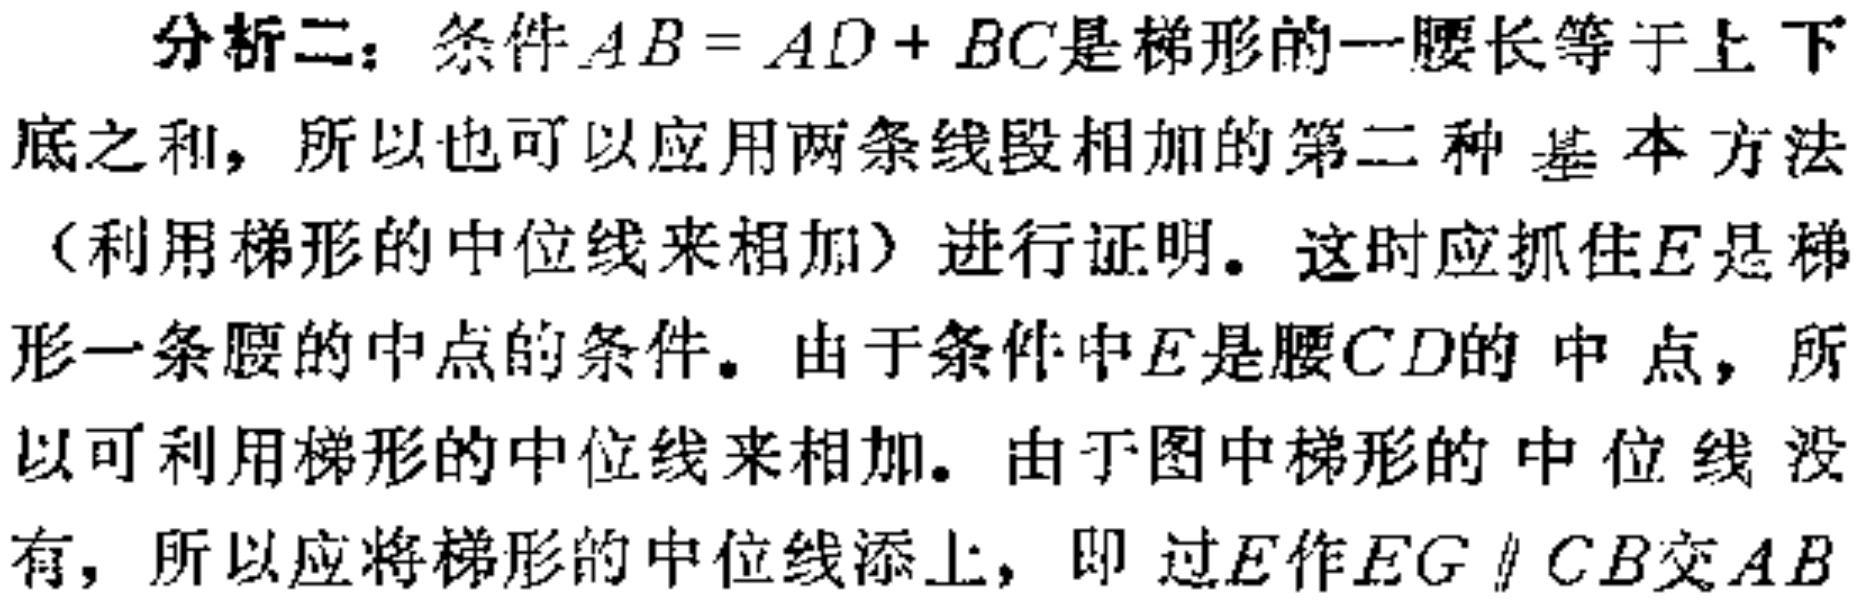
分析二：条件\(AB = AD + BC\)是梯形的一腰长等于上下
底之和，所以也可以应用两条线段相加的第二种 基本方法
（利用梯形的中位线来相加）进行证明。这时应抓住\(E\)是梯
形一条腰的中点的条件。由于条件中\(E\)是腰\(CD\)的 中 点，所
以可利用梯形的中位线来相加。由于图中梯形的 中 位 线 没
有，所以应将梯形的中位线添上，即 过\(E\)作\(EG \parallel CB\)交\(AB\)